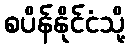
စပိန်နိုင်ငံသို့